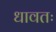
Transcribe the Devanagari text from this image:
धावतः